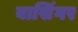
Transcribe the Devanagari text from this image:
बासिंगर